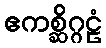
ဧကစ္ဆိဂ္ဂဠံ